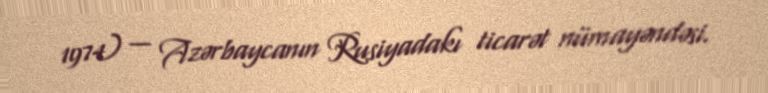
1974) — Azərbaycanın Rusiyadakı ticarət nümayəndəsi.